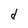
Character: d